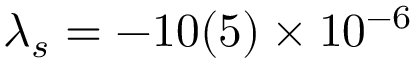
\lambda _ { s } = - 1 0 ( 5 ) \times 1 0 ^ { - 6 }